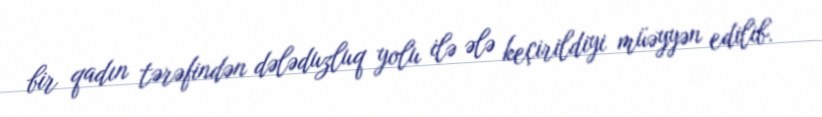
bir qadın tərəfindən dələduzluq yolu ilə ələ keçirildiyi müəyyən edilib.